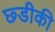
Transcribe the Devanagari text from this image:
छ्डीकी